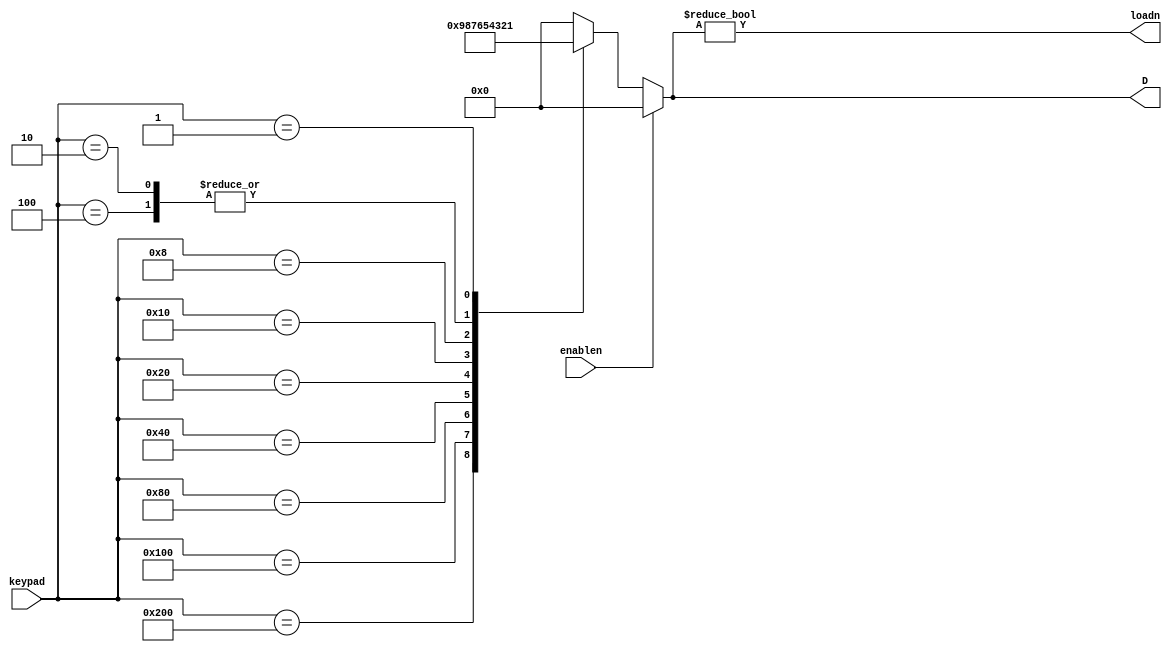
module keyboard(
    input wire [9:0] keypad,
    input wire enablen,
    output wire [3:0] D,
    output wire loadn
);

parameter NULL = 4'd0;
reg [3:0] press_buttom;
wire valid_data;

always @(*)
begin
    if (!enablen)
    begin
        case (keypad)
            10'b1000000000: press_buttom <= 4'd9;
            10'b0100000000: press_buttom <= 4'd8;
            10'b0010000000: press_buttom <= 4'd7;
            10'b0001000000: press_buttom <= 4'd6;
            10'b0000100000: press_buttom <= 4'd5;
            10'b0000010000: press_buttom <= 4'd4;
            10'b0000001000: press_buttom <= 4'd3;
            10'b0000000100: press_buttom <= 4'd2;
            10'b0000000010: press_buttom <= 4'd2;
            10'b0000000001: press_buttom <= 4'd1;
            10'b0000000000: press_buttom <= 4'd0;
            default: press_buttom <= NULL;
        endcase
    end
    else
    begin
        press_buttom = NULL;
    end
end

assign valid_data = (press_buttom != NULL);

assign D = press_buttom;
assign loadn = valid_data;

endmodule